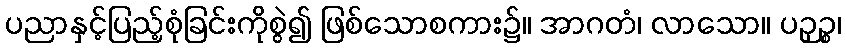
ပညာနှင့်ပြည့်စုံခြင်းကိုစွဲ၍ ဖြစ်သောစကား၌။ အာဂတံ၊ လာသော။ ပဉှဉ္စ၊